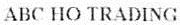
ABC HO TRADING